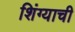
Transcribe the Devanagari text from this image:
शिंग्याची